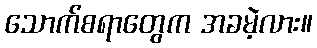
သောက်စရာတွေက အခမဲ့လား။